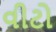
વીટો